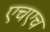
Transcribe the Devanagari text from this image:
एचएच